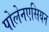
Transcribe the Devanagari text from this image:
पोलेनएसियन